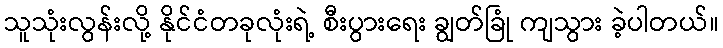
သူသုံးလွန်းလို့ နိုင်ငံတခုလုံးရဲ့ စီးပွားရေး ချွတ်ခြုံ ကျသွား ခဲ့ပါတယ်။